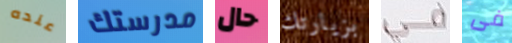
عنده مدرستك حال بزيارتك كل فى